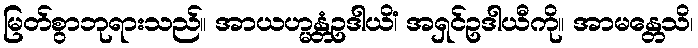
မြတ်စွာဘုရားသည်။ အာယဟ္မန္တံဥဒါယိံ၊ အရှင်ဥဒါယီကို။ အာမန္တေသိ၊